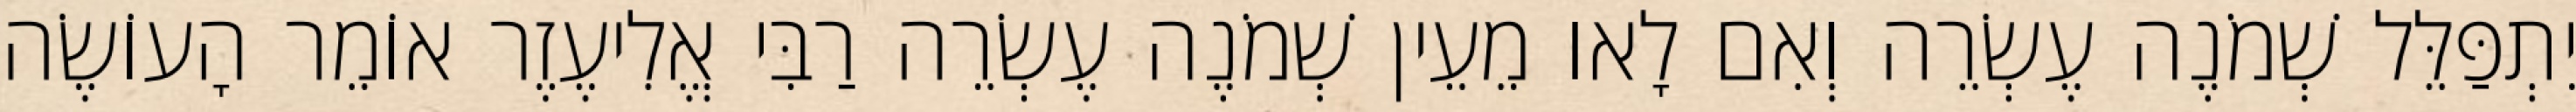
יִתְפַּלֵּל שְׁמֹנֶה עֶשְׂרֵה וְאִם לָאו מֵעֵין שְׁמֹנֶה עֶשְׂרֵה רַבִּי אֱלִיעֶזֶר אוֹמֵר הָעוֹשֶׂה